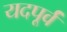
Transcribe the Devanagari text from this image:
यदपूर्वं